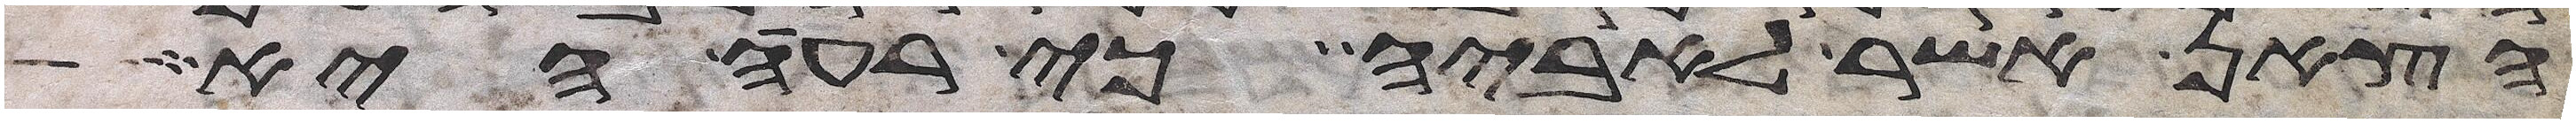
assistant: הצאן אשר לאביה כי רעה היא